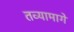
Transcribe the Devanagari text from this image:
तव्यामागे